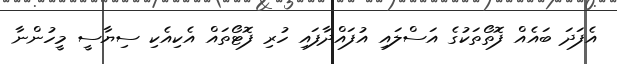
އެފަދަ ބައެއް ފޮތޯތަކުގެ އަސްލައި އުފައްދާފައި ހުރި ފޮޓޯތައް އެކިއެކި ސިޔާސީ މީހުންނާ